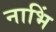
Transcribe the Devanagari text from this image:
नाभिं